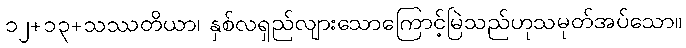
၁၂+၁၃+သဿတိယာ၊ နှစ်လရှည်လျားသောကြောင့်မြဲသည်ဟုသမုတ်အပ်သော။